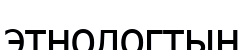
этнологтың